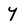
Character: y